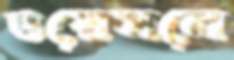
ওয়েসলে